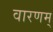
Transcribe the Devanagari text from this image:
वारणम्